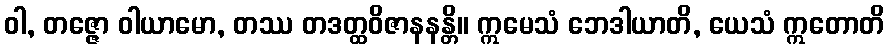
ဝါ, တဇ္ဇော ဝါယာမော, တဿ တဒတ္ထဝိဇာနနန္တိ။ ဣမေသံ ဘေဒါယာတိ, ယေသံ ဣတောတိ